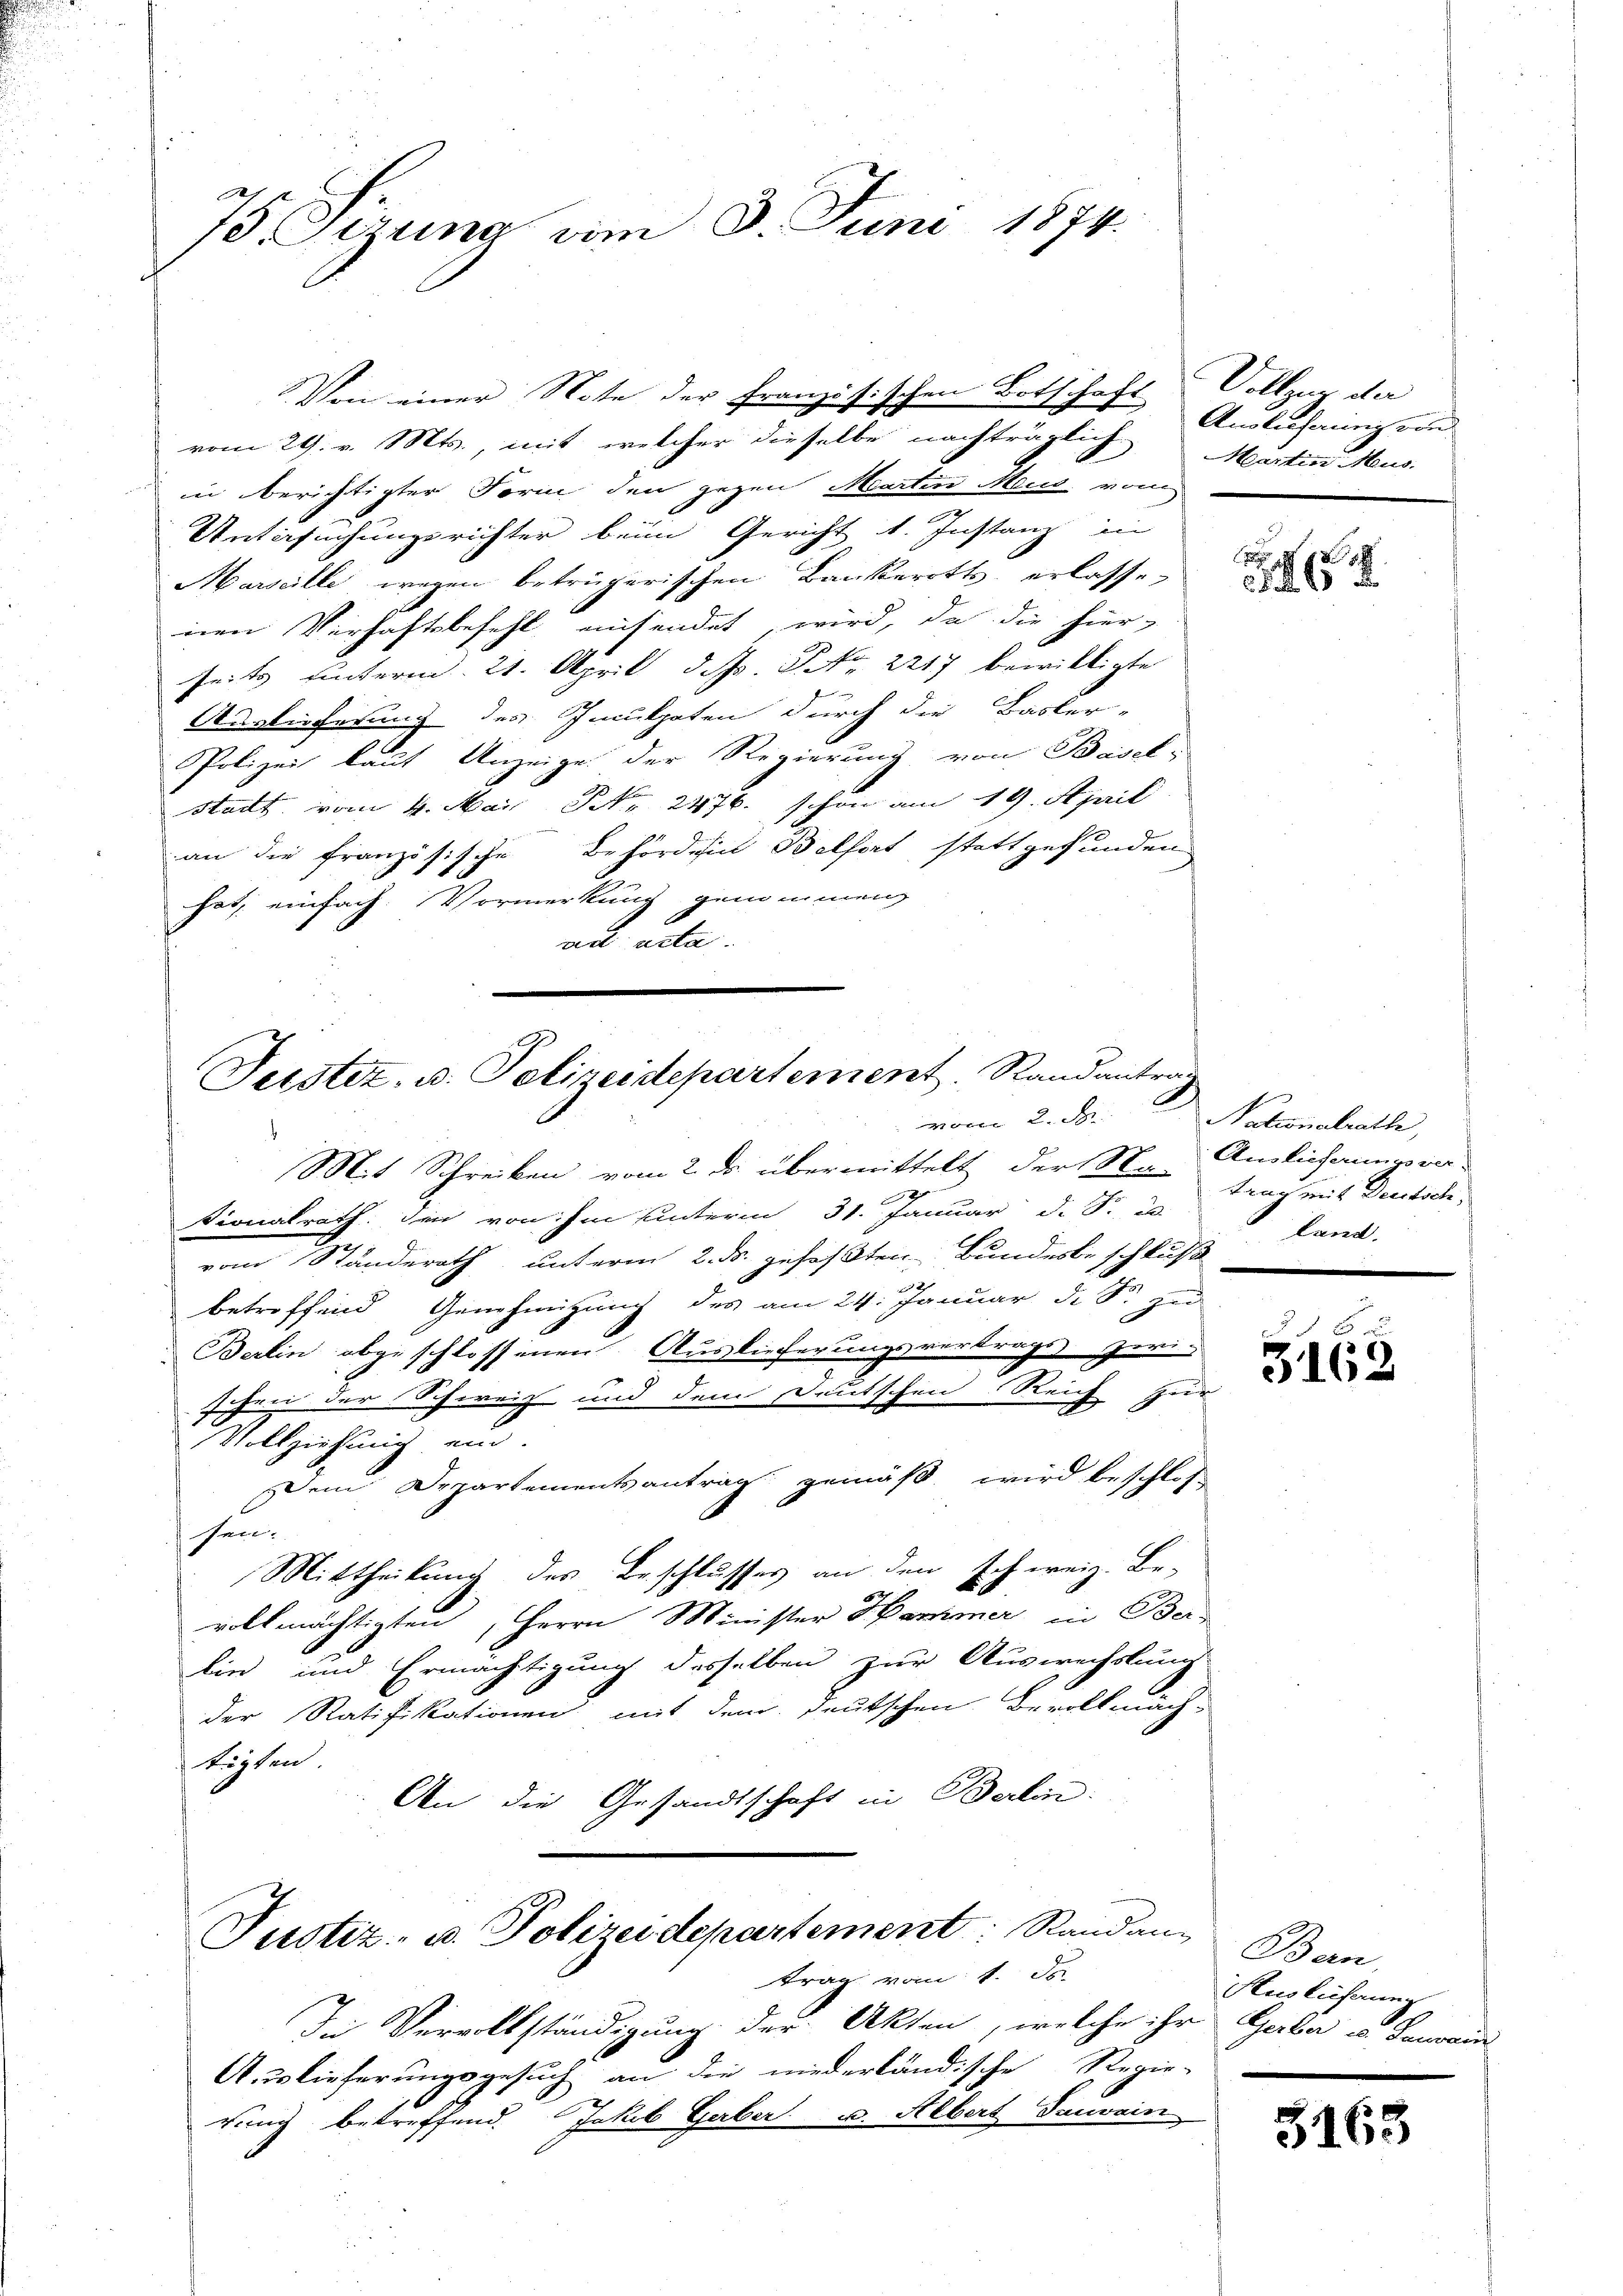
75. Gerina vom 8. Juni 1874.

in berichtigter Form den gegen Martin Mein vom
Untersuchungsrichter beim Gericht 1. Instanz in
Marseille wegen betrügerischen Bankeroths erlasse,
nen Verhaftsbefehl einsendet, wird, da die hierseits unterm 21. April d. J. NNo. 2217 bewilligte
Auslieferung des Inculpaten durch die Basler-
Polizei laut Anzeige der Regierung von Basel-
Stadt vom 4. Mai NNo. 2476. schon am 19. April
an die französische Behördeich Belfort stattgefunden
hat, einfach. Vormerkung genommen
ad acta.
Mit Schreiben vom 2. ds. übermittelt der S. Amlichaunpra
7
Kionalrath den von ihm unterm 31. Januar d. S. 2
vom Ständerath unterm 2. ds. gefaßten Bundesbeschluß land.
betreffend Genehmigung des am 24. Januar d. S. zu
Berlin abgeschlossenen Auslieferungsvertrags zwi-
schen der Schweiz und dem Deutschen Reich zur
Vollziehung ein.
Dem Departementsantrag gemäß wird beschlos
sen.
Mittheilung des Beschlusses an den Ich weiz. Be-
vollmächtigten, Herrn Minister Hammer in Ber-
lin und Ermächtigung desselben zur Auswachslung
der Ratifikationen mit dem deutschen Bevollmäch-
tigten
An die Gesandtschaft in Berlin.
Justiz- u. Polizeidepartement Randann Ban
trag vom 1. Js.
Die Vervollständigung der Akten, welche ihr Gerbe es Banovin
Auslieferungsgesuch an die niederländische Regie-
rung betreffend. Jakob Gaber u. Albert Tauvain

Von einer Note der Französischen Botschaft Vollzu der
vom 29. v. Mts., mit welcher dieselbe nachträglich Martin Mus

Teister, u. Polizeidepartement. Randantrag
oco 2. d.

Anslisonnig von

d

 x

Nationalrathe,
trag mit Deutsch

3163

Ausführung

5163